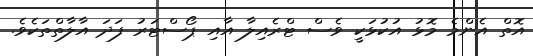
އޮތް އެންމެ މޮޅު އުކުޅަކީ ވެސް ޓްރެއިލާ އާއި ޕޯސްޓަރު ފަދަ އާލާތްތަކެވެ.